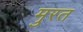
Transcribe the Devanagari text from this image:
मुरत